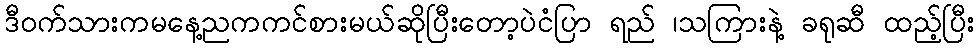
ဒီဝက်သားကမနေ့ညကကင်စားမယ်ဆိုပြီးတော့ပဲငံပြာ ရည် ၊သကြားနဲ့ ခရုဆီ ထည့်ပြီး